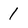
Character: 1